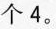
个4。